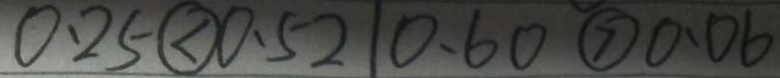
0 . 2 5 \textcircled { < } 0 . 5 2 1 0 . 6 0 \textcircled { > } 0 . 0 6